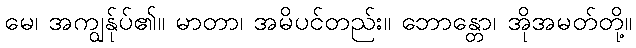
မေ၊ အကျွန်ုပ်၏။ မာတာ၊ အမိပင်တည်း။ ဘောန္တော၊ အိုအမတ်တို့။